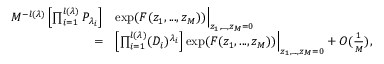
\begin{array} { r l } { M ^ { - l ( \lambda ) } \left[ \prod _ { i = 1 } ^ { l ( \lambda ) } P _ { \lambda _ { i } } \right] } & { \exp ( F ( z _ { 1 } , . . . , z _ { M } ) ) \Bigr | _ { z _ { 1 } , . . . , z _ { M } = 0 } } \\ { = } & { \left[ \prod _ { i = 1 } ^ { l ( \lambda ) } ( D _ { i } ) ^ { \lambda _ { i } } \right] \exp ( F ( z _ { 1 } , . . . , z _ { M } ) ) \Bigr | _ { z _ { 1 } , . . . , z _ { M } = 0 } + O ( \frac { 1 } { M } ) , } \end{array}